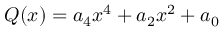
Q ( x ) = a _ { 4 } x ^ { 4 } + a _ { 2 } x ^ { 2 } + a _ { 0 } \,